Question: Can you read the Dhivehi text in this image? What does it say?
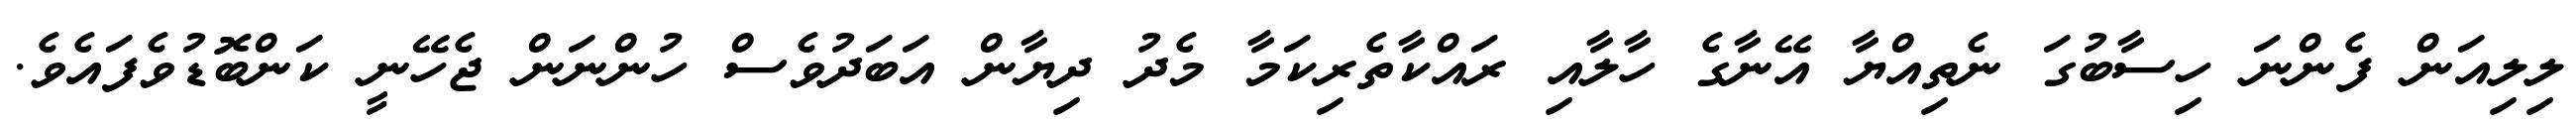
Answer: ލިލިއަން ފެންނަ ހިސާބުގަ ނެތިއްޔާ އޭނާގެ ހާލާއި ރައްކާތެރިކަމާ މެދު ދިޔާން އަބަދުވެސް ހުންނަން ޖެހޭނީ ކަންބޮޑުވެފައެވެ.